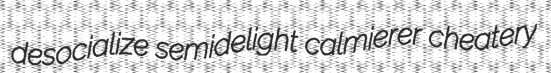
desocialize semidelight calmierer cheatery